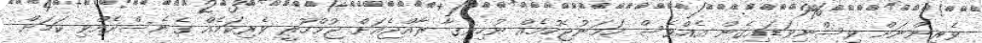
ވެރިންނަށް ވިސްނިވަޑައިގެން އެއްވެސް ހަމަނުޖެހުމެއް ނުހިނގާ ރާއްޖެއަށް ޖުމްހޫރީ ވެރިކަމެއް ގެނެސްދެއްވި ކަމަށް